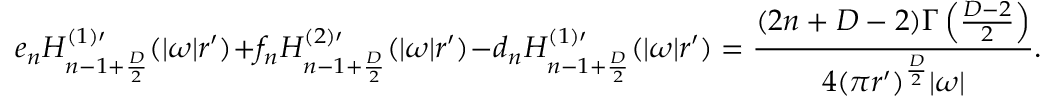
e _ { n } H _ { n - 1 + { \frac { D } { 2 } } } ^ { ( 1 ) \prime } ( | \omega | r ^ { \prime } ) + f _ { n } H _ { n - 1 + { \frac { D } { 2 } } } ^ { ( 2 ) \prime } ( | \omega | r ^ { \prime } ) - d _ { n } H _ { n - 1 + { \frac { D } { 2 } } } ^ { ( 1 ) \prime } ( | \omega | r ^ { \prime } ) = { \frac { ( 2 n + D - 2 ) \Gamma \left( { \frac { D - 2 } { 2 } } \right) } { 4 ( \pi r ^ { \prime } ) ^ { \frac { D } { 2 } } | \omega | } } .